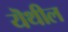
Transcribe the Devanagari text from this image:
यॆथील